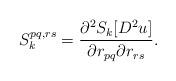
LaTeX: \begin{align*}S^{pq, rs}_k = \frac{\partial^2 S_k [D^2u]}{\partial r_{pq} \partial r_{rs}}.\end{align*}